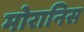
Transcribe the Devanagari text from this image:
मोरानिस